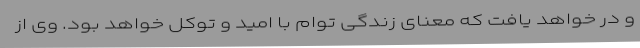
و در خواهد یافت که معنای زندگی توام با امید و توکل خواهد بود. وی از